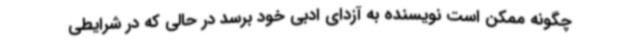
چگونه ممکن است نویسنده به آزدای ادبی خود برسد در حالی که در شرایطی